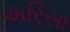
અરિસા